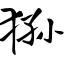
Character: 狲